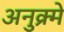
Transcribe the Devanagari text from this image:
अनुक्र्मे